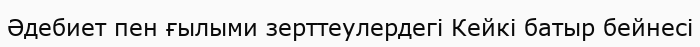
Әдебиет пен ғылыми зерттеулердегі Кейкі батыр бейнесі